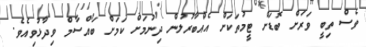
ވެސް ތިބީ ވަރަށް ބޮޑަށް ޓީމުތަކަށް އެއްބާރުލުން ދިނުމަށް ކަމަށް ބައްސާމް ވިދާޅުވިއެވެ.